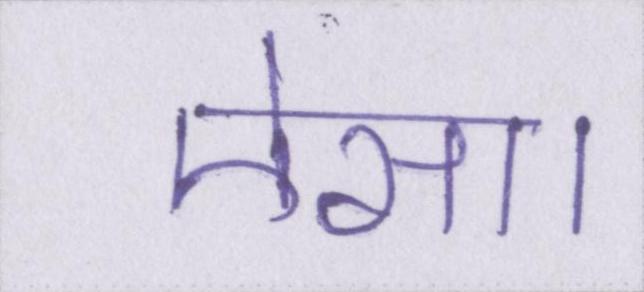
ऐसा।